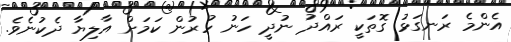
އެންމެ ރަނގަޅު ގޮތަކީ ރައްދު ނުދީ ހަނު ހުރުން ކަމަށް އާލިޔާ ދެކުނެވެ.